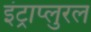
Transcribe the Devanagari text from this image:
इंट्राप्लुरल